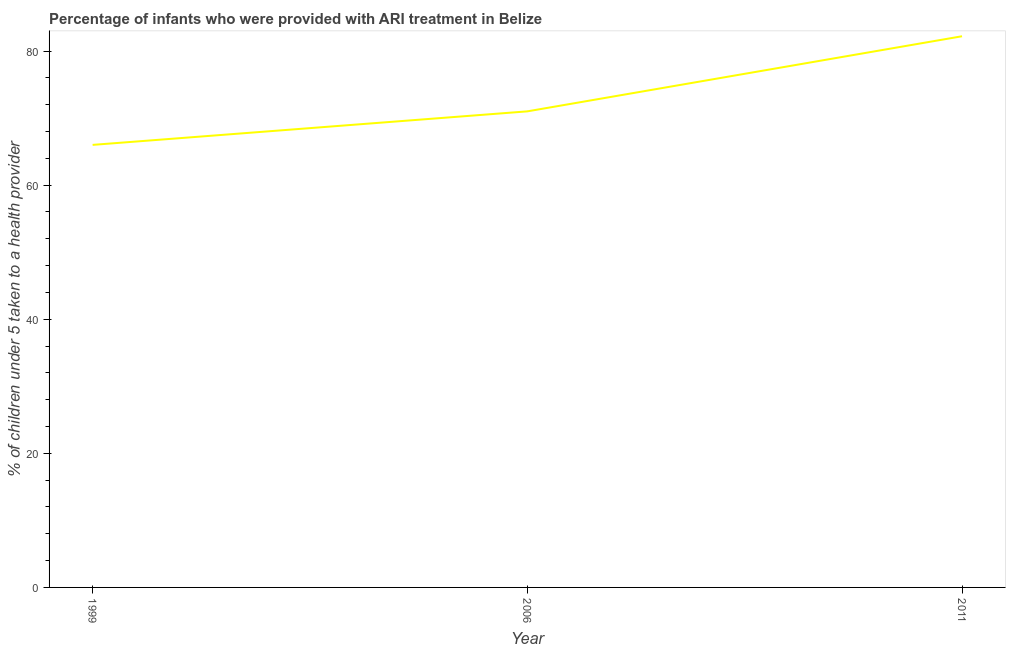
| Year | ARI treatment |
 | --- | --- |
 | 1999 | 66 |
 | 2006 | 71 |
 | 2011 | 82.2 |